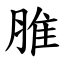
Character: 脽